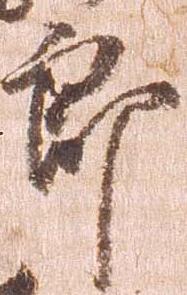
郎